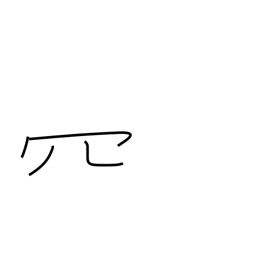
Meaning: net-like